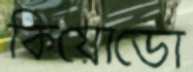
কিয়োডো